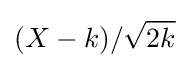
(X-k)/{\sqrt {2k}}